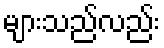
များသည်လည်း